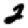
Digit: 2